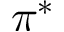
\pi ^ { * }